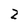
Character: 2